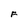
Character: F